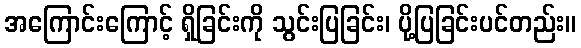
အကြောင်းကြောင့် ရှိခြင်းကို သွင်းပြခြင်း၊ ပို့ပြခြင်းပင်တည်း။